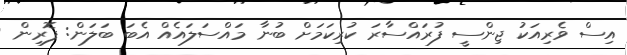
އިސް ވެރިއަކު ޖިންސީ ފުރައްސާރަ ކުރިކަމަށް ބުނާ މައްސަލައެއް އެބަ ބަލަން: ފޮރިން